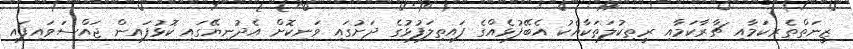
ޒީނަތްތެރިކަމާއި ޗާރާކަމާއި ރީތިކުލަތަކާއެކު އެބޭފުޅެއްގެ ފައިތިލަފުޅުގެ ދަށުގައި ވަނިކޮށް އެދުނިޔޭގައި ކޮޅުފައިން ޖައްސަވައިފައި